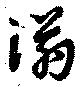
塕